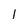
Character: l